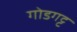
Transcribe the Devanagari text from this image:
गोडगट्ट